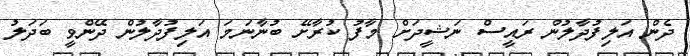
ދެން އަލިފުދާލުން ރައީސް ނަޝީދަށް މާފު ކުރާށޭ ބުނާނަމަ އަލިފުދާލުން ދޭންވީ ބަދަލު